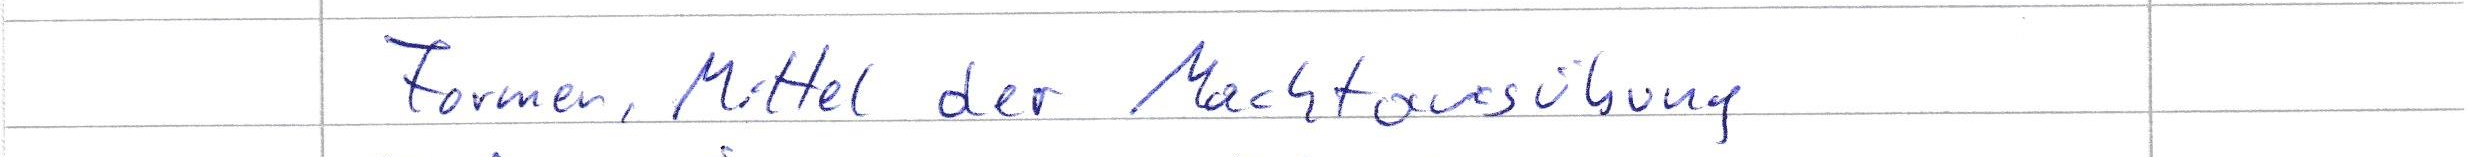
Formen, Mittel der Machtausübung